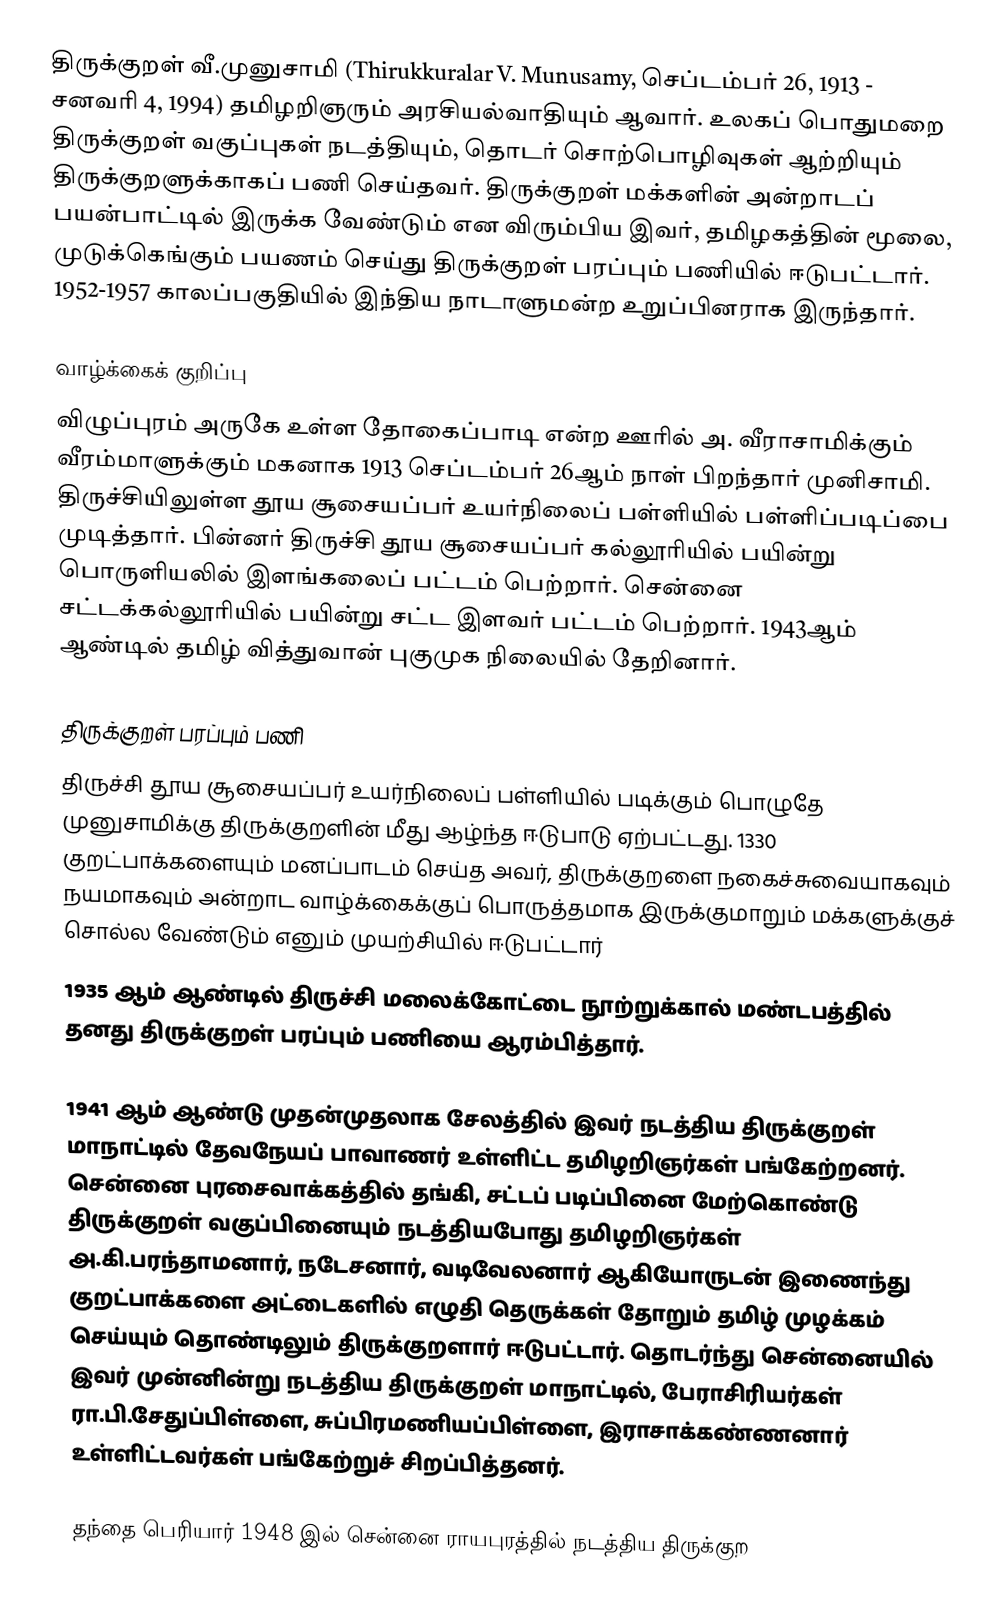
திருக்குறள் வீ.முனுசாமி (Thirukkuralar V. Munusamy, செப்டம்பர் 26, 1913 - சனவரி 4, 1994) தமிழறிஞரும் அரசியல்வாதியும் ஆவார். உலகப் பொதுமறை திருக்குறள் வகுப்புகள் நடத்தியும், தொடர் சொற்பொழிவுகள் ஆற்றியும் திருக்குறளுக்காகப் பணி செய்தவர். திருக்குறள் மக்களின் அன்றாடப் பயன்பாட்டில் இருக்க வேண்டும் என விரும்பிய இவர், தமிழகத்தின் மூலை, முடுக்கெங்கும் பயணம் செய்து திருக்குறள் பரப்பும் பணியில் ஈடுபட்டார். 1952-1957 காலப்பகுதியில் இந்திய நாடாளுமன்ற உறுப்பினராக இருந்தார்.

வாழ்க்கைக் குறிப்பு
விழுப்புரம் அருகே உள்ள தோகைப்பாடி என்ற ஊரில் அ. வீராசாமிக்கும் வீரம்மாளுக்கும் மகனாக 1913 செப்டம்பர் 26ஆம் நாள் பிறந்தார் முனிசாமி. திருச்சியிலுள்ள தூய சூசையப்பர் உயர்நிலைப் பள்ளியில் பள்ளிப்படிப்பை முடித்தார். பின்னர் திருச்சி தூய சூசையப்பர் கல்லூரியில் பயின்று பொருளியலில் இளங்கலைப் பட்டம் பெற்றார். சென்னை சட்டக்கல்லூரியில் பயின்று சட்ட இளவர் பட்டம் பெற்றார். 1943ஆம் ஆண்டில் தமிழ் வித்துவான் புகுமுக நிலையில் தேறினார்.

திருக்குறள் பரப்பும் பணி
திருச்சி தூய சூசையப்பர் உயர்நிலைப் பள்ளியில் படிக்கும் பொழுதே முனுசாமிக்கு திருக்குறளின் மீது ஆழ்ந்த ஈடுபாடு ஏற்பட்டது. 1330 குறட்பாக்களையும் மனப்பாடம் செய்த அவர், திருக்குறளை நகைச்சுவையாகவும் நயமாகவும் அன்றாட வாழ்க்கைக்குப் பொருத்தமாக இருக்குமாறும் மக்களுக்குச் சொல்ல வேண்டும் எனும் முயற்சியில் ஈடுபட்டார்
1935 ஆம் ஆண்டில் திருச்சி மலைக்கோட்டை நூற்றுக்கால் மண்டபத்தில் தனது திருக்குறள் பரப்பும் பணியை ஆரம்பித்தார்.

1941 ஆம் ஆண்டு முதன்முதலாக சேலத்தில் இவர் நடத்திய திருக்குறள் மாநாட்டில் தேவநேயப் பாவாணர் உள்ளிட்ட தமிழறிஞர்கள் பங்கேற்றனர். சென்னை புரசைவாக்கத்தில் தங்கி, சட்டப் படிப்பினை மேற்கொண்டு திருக்குறள் வகுப்பினையும் நடத்தியபோது தமிழறிஞர்கள் அ.கி.பரந்தாமனார், நடேசனார், வடிவேலனார் ஆகியோருடன் இணைந்து குறட்பாக்களை அட்டைகளில் எழுதி தெருக்கள் தோறும் தமிழ் முழக்கம் செய்யும் தொண்டிலும் திருக்குறளார் ஈடுபட்டார். தொடர்ந்து சென்னையில் இவர் முன்னின்று நடத்திய திருக்குறள் மாநாட்டில், பேராசிரியர்கள் ரா.பி.சேதுப்பிள்ளை, சுப்பிரமணியப்பிள்ளை, இராசாக்கண்ணனார் உள்ளிட்டவர்கள் பங்கேற்றுச் சிறப்பித்தனர்.

தந்தை பெரியார் 1948 இல் சென்னை ராயபுரத்தில் நடத்திய திருக்குற